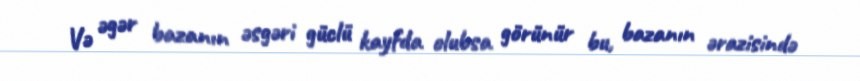
Və əgər bazanın əsgəri güclü kayfda olubsa görünür bu, bazanın ərazisində